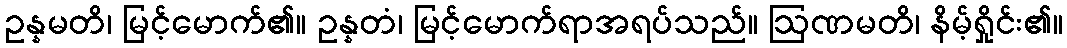
ဥန္နမတိ၊ မြင့်မောက်၏။ ဥန္နတံ၊ မြင့်မောက်ရာအရပ်သည်။ ဩဏမတိ၊ နိမ့်ရှိုင်း၏။